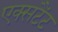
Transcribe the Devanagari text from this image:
एक्सटैंट